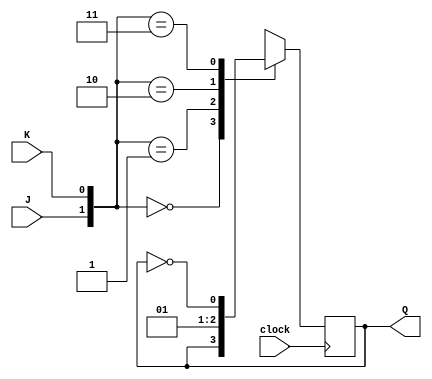
`timescale 1ns / 1ps
module JKFlipFlop(J, K, clock, Q);
  initial
    begin
      $dumpfile("SynchCounterJK.vcd");
      $dumpvars;
    end
  input J, K, clock;
  output Q;
  reg Q;
  initial
    Q = 1'b0;
  always @(posedge clock)
    case({J, K})
      2'b00:  Q <= Q;
      2'b01:  Q <= 1'b0;
      2'b10:  Q <= 1'b1;
      2'b11:  Q <= ~Q;
    endcase
endmodule

module SynchCounterJK(clk, Q);
    input clk;
    output[3:0] Q;
    wire w0, w1;
    
    assign w0 = Q[0] & Q[1];
    assign w1 = w0 & Q[2]; 

    JKFlipFlop F0(1'b1, 1'b1, clk, Q[0]);
    JKFlipFlop F1(Q[0], Q[0], clk, Q[1]);
    JKFlipFlop F2(w0, w0, clk, Q[2]);
    JKFlipFlop F3(w1, w1, clk, Q[3]);
endmodule

module SynchCounterJK_TB;
    reg clock;
    wire [3:0] Q;

    SynchCounterJK SCJK(clock, Q);

    // initial
    // begin
    //   clock = 1'b0;
    //   repeat (10)
    //   #2  clock = ~clock;
    // end

    initial 
        clock = 1'b0;
    
    always
        #2 clock = ~clock;

    initial
        begin
          $monitor($time, "  CLK = %b, Q = %b", clock, Q);
          #64 $finish;
        end
endmodule